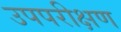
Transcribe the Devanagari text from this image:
उपपरीक्षण